Lunatic asylums in Bengal annual reports 1888-1898 - 1888-1898
Year: 1888
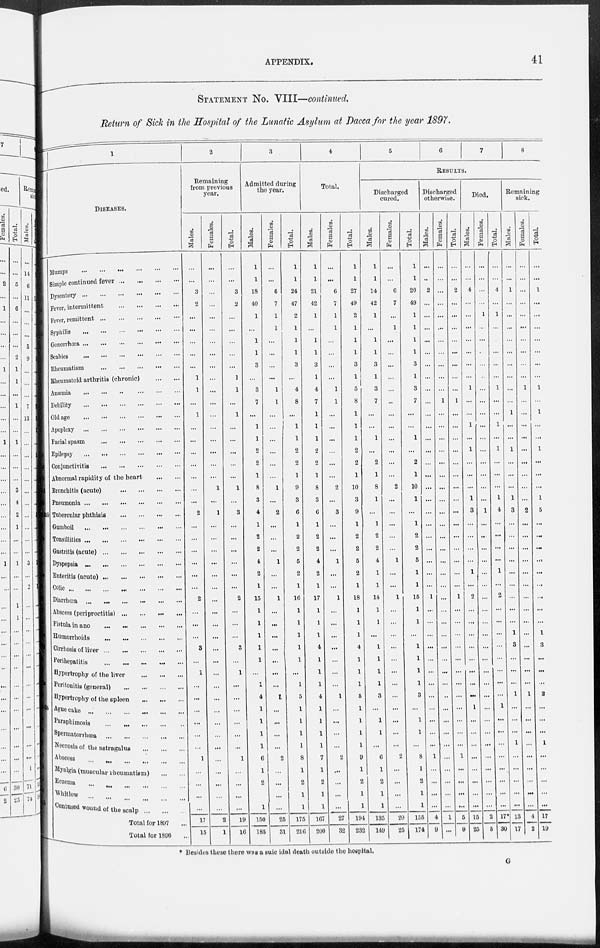
APPENDIX.
41
STATEMENT No. VIII—continued.
Return of Sick in the Hospital of the Lunatic Asylum at Dacca for the year 1897.
0b
24
b
1
DISEASES.
Mumps
...
...
...
...
...
...
Simple continued fever ... ... ... ...
Dysentery
...
...
...
...
...
...
Fever, intermittent
...
...
...
...
Fever, remittent
...
...
...
...
...
Syphilis
...
...
...
...
...
...
Gonorrhœa
...
...
...
...
...
...
Scabies ... ... ... ... ... ...
Rheumatism
...
...
...
...
...
Rheumatoid arthritis (chronic)
...
...
Anæmia
...
...
...
...
...
...
Debility
...
...
...
...
...
...
Old age
...
...
...
...
...
...
Apoplexy
...
...
...
...
...
...
Facial spasm
...
...
...
...
...
Epilepsy ... ... ... ... ... ...
Conjunctivitis
...
...
...
...
...
Abnormal rapidity of the heart ... ...
Bronchitis (acute)
...
...
...
...
Pneumonia
...
...
...
...
...
...
Tubercular phthisis ... ... ... ...
Gumboil
...
...
...
...
...
...
Tonsillities ... ... ... ... ... ...
Gastritis (acute)
...
...
...
...
...
Dyspepsia
...
...
...
...
...
...
Enteritis (acute)
...
...
...
...
...
Colic
...
...
...
...
...
...
...
Diarrhœa
...
...
...
...
...
...
Abscess (periproctitis)
...
...
...
...
Fistula in ano
...
...
...
...
...
Hœmorrhoids
...
...
...
...
...
Cirrhosis of liver
...
...
...
...
...
Perihepatitis
...
...
...
...
...
Hypertrophy of the liver
...
...
...
Peritonitis (general)
...
...
...
...
Hypertrophy of the spleen
...
...
...
Ague cake
...
...
...
...
...
...
Paraphimosis ... ... ... ... ...
Spermatorrhœa ... ... ... ... ...
Necrosis of the astragalus ... ... ...
Absces
...
...
...
...
...
...
Myalgia (muscular rheumatism)
...
...
Eczema ... ... ... ... ... ...
Whitlow ... ... ... ... ... ...
Contused wound of the scalp ... ... ...
Total for 1897 ...
Total for 1896 ...
2
Remaining
from previous
year.
Males.
...
...
3
2
...
...
...
...
...
1
1
...
1
...
...
...
...
...
...
...
2
...
...
...
...
...
...
2
...
...
...
3
...
1
...
...
...
...
...
...
1
...
...
...
...
17
15
Females.
...
...
...
...
...
...
...
...
...
...
...
...
...
...
...
...
...
...
1
...
1
...
...
...
...
...
...
...
...
...
...
...
...
...
...
...
...
...
...
...
...
...
...
...
...
2
1
Total.
...
...
3
2
...
...
...
...
...
1
1
...
1
...
...
...
...
...
1
...
3
...
...
...
...
...
...
2
...
...
...
3
...
1
...
...
...
...
...
...
1
...
...
...
...
19
16
3
Admitted during
the year.
Males.
1
1
18
40
1
...
1
1
3
...
3
7
...
1
1
2
2
1
8
3
4
1
2
2
4
2
1
15
1
1
1
1
1
...
1
4
1
1
1
1
6
1
2
...
1
150
185
Females.
...
...
6
7
1
1
...
...
...
...
1
1
...
...
...
...
...
...
1
...
2
...
...
...
1
...
...
1
...
...
...
...
...
...
...
1
...
...
...
...
2
...
...
...
...
25
31
Total.
1
1
24
47
2
1
1
1
3
...
4
8
...
1
1
2
2
1
9
3
6
1
2
2
5
2
1
16
1
1
1
1
1
...
1
5
1
1
1
1
8
1
2
1
1
175
216
4
Total.
Males.
1
1
21
42
1
...
1
1
3
1
4
7
1
1
1
2
2
1
8
3
6
1
2
2
4
2
...
17
1
1
1
4
1
1
1
4
1
1
1
1
7
1
2
1
1
167
200
Females.
...
...
6
7
1
1
...
...
...
...
1
1
...
...
...
...
...
...
2
...
3
...
...
...
1
...
...
1
...
...
...
...
...
...
...
1
...
...
...
...
2
...
...
...
...
27
32
Total.
1
1
27
49
2
1
1
1
3
1
5
8
1
1
1
2
2
1
10
3
9
1
2
2
5
2
1
18
...
...
...
...
...
...
...
...
...
...
...
...
9
1
2
1
1
194
232
5
6
7
8
RESULTS.
Discharged
cured.
Males.
1
1
14
42
1
...
1
1
3
1
3
7
...
...
1
...
2
1
8
1
...
1
2
2
4
1
1
14
1
1
...
1
1
1
1
3
...
1
1
...
6
1
2
1
1
135
149
Females.
...
...
6
7
...
1
...
...
...
...
...
...
...
...
...
...
...
...
2
...
...
...
...
...
1
...
...
1
...
...
...
...
...
...
...
...
...
...
...
...
2
...
...
...
...
20
25
Total.
1
1
20
49
1
1
1
1
3
1
3
7
...
...
1
...
2
1
10
1
...
1
2
2
5
1
1
15
1
1
...
1
1
1
1
3
...
1
1
...
8
1
2
1
1
155
174
Discharged
otherwise.
Males.
...
...
2
...
...
...
...
...
...
...
...
...
...
...
...
...
...
...
...
...
...
...
...
...
...
...
...
1
...
...
...
...
...
...
...
...
...
...
...
...
1
...
...
...
...
4
9
Females.
...
...
...
...
...
...
...
...
...
...
...
1
...
...
...
...
...
...
...
...
...
...
...
...
...
...
...
...
...
...
...
...
...
...
...
...
...
...
...
...
...
...
...
...
...
1
...
Total.
...
...
2
...
...
...
...
...
...
...
...
1
...
...
...
...
...
...
...
...
...
...
...
...
...
...
...
1
...
...
...
...
...
...
...
...
...
...
...
...
1
...
...
...
...
5
9
Died.
Males.
...
...
4
...
...
...
...
...
...
...
1
...
...
1
...
1
...
...
...
1
3
...
...
...
...
1
...
2
...
...
...
...
...
...
...
...
1
...
...
...
...
...
...
...
...
15
25
Females.
...
...
...
...
1
...
...
...
...
...
...
...
...
...
...
...
...
...
...
...
1
...
...
...
...
...
...
...
...
...
...
...
...
...
...
...
...
...
...
...
...
...
...
...
...
2
5
Total.
...
...
4
...
1
...
...
...
...
...
1
...
...
1
...
1
...
...
...
1
4
...
...
...
...
1
...
2
...
...
...
...
...
...
...
...
1
...
...
...
...
...
...
...
...
17*
30
Remaining
sick.
Males.
...
...
1
...
...
...
...
...
...
...
...
...
1
...
...
1
...
...
...
1
3
...
...
...
...
...
...
...
...
...
1
3
...
...
...
1
...
...
...
1
...
...
...
...
...
13
17
Females.
...
...
...
...
...
...
...
...
...
...
1
...
...
...
...
...
...
...
...
...
2
...
...
...
...
...
...
...
...
...
...
...
...
...
...
1
...
...
...
...
...
...
...
...
...
4
2
Total.
...
...
1
...
...
...
...
...
...
...
1
...
1
...
...
1
...
...
...
1
5
...
...
...
...
...
...
...
...
...
i
3
...
...
...
2
...
...
...
1
...
...
...
...
...
17
19
* Besides these there was a suicidal death outside the hospital.
G